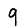
Digit: 9